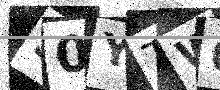
Text: 50YTWQ